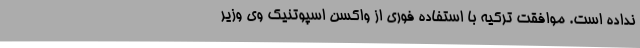
نداده است. موافقت ترکیه با استفاده فوری از واکسن اسپوتنیک وی وزیر